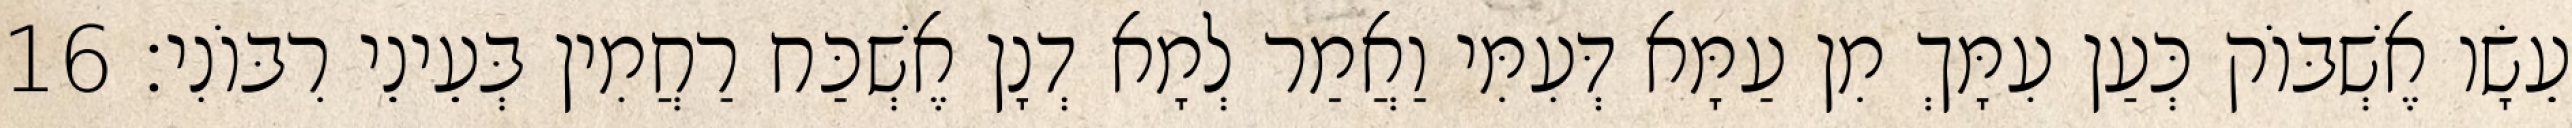
עֵשָׂו אֶשְׁבּוֹק כְּעַן עִמָּךְ מִן עַמָּא דְּעִמִּי וַאֲמַר לְמָא דְנָן אֶשְׁכַּח רַחֲמִין בְּעֵינֵי רִבּוֹנִי׃ 16